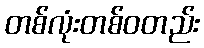
တစ်လုံးတစ်ဝတည်း